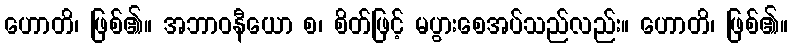
ဟောတိ၊ ဖြစ်၏။ အဘာဝနီယော စ၊ စိတ်ဖြင့် မပွားစေအပ်သည်လည်း။ ဟောတိ၊ ဖြစ်၏။